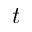
t